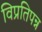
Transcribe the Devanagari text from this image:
विप्रतिपन्न